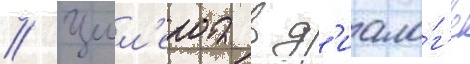
// Целл'ера в д'иало́г'е